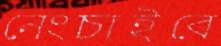
নেংচাইবে